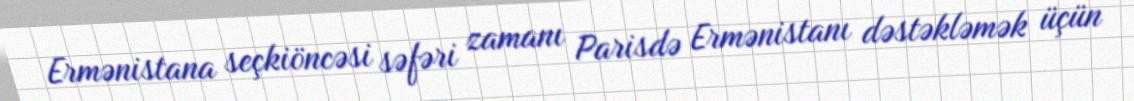
Ermənistana seçkiöncəsi səfəri zamanı Parisdə Ermənistanı dəstəkləmək üçün